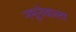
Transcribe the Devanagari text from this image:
नमूनेवाला